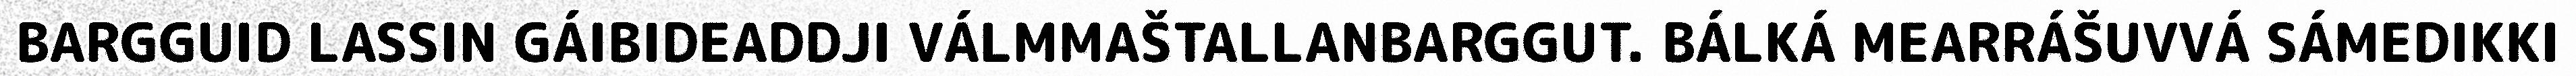
BARGGUID LASSIN GÁIBIDEADDJI VÁLMMAŠTALLANBARGGUT. BÁLKÁ MEARRÁŠUVVÁ SÁMEDIKKI